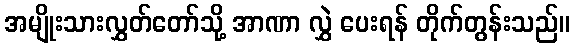
အမျိုးသားလွှတ်တော်သို့ အာဏာ လွှဲ ပေးရန် တိုက်တွန်းသည်။